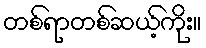
တစ်ရာတစ်ဆယ့်ကိုး။